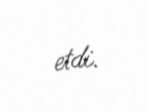
etdi.